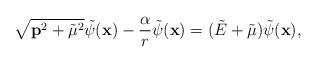
LaTeX: \begin{align*}\sqrt {{\bf p}^2 + {{\tilde \mu}}^2} {\tilde \psi ({\bf x})} - {\alpha \over r}{\tilde \psi} ({\bf x}) = ({\tilde E}+{\tilde \mu}) {\tilde \psi }({\bf x}),\end{align*}